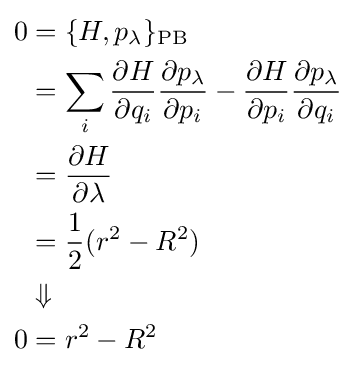
{\begin{aligned}0&=\{H,p_{\lambda }\}_{\text{PB}}\\&=\sum _{i}{\frac {\partial H}{\partial q_{i}}}{\frac {\partial p_{\lambda }}{\partial p_{i}}}-{\frac {\partial H}{\partial p_{i}}}{\frac {\partial p_{\lambda }}{\partial q_{i}}}\\&={\frac {\partial H}{\partial \lambda }}\\&={\frac {1}{2}}(r^{2}-R^{2})\\&\Downarrow \\0&=r^{2}-R^{2}\end{aligned}}